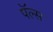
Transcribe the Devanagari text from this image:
पॅल्स